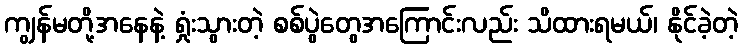
ကျွန်မတို့အနေနဲ့ ရှုံးသွားတဲ့ စစ်ပွဲတွေအကြောင်းလည်း သိထားရမယ်၊ နိုင်ခဲ့တဲ့